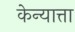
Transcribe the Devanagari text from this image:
केन्यात्ता